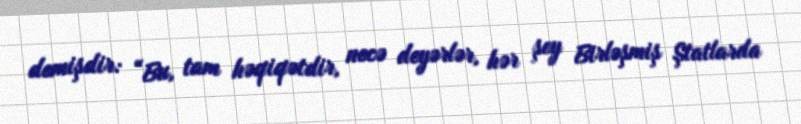
demişdir: “Bu, tam həqiqətdir, necə deyərlər, hər şey Birləşmiş Ştatlarda